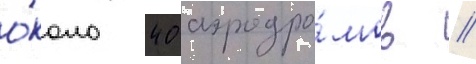
о́коло 40 аэродро́мов //